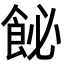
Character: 飶